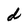
Character: d